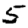
Digit: 5